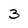
Character: 3